Report of the Municipal Commissioner on the plague in Bombay for the year ending 31st May... - Volume 3
Disease focus: Plague
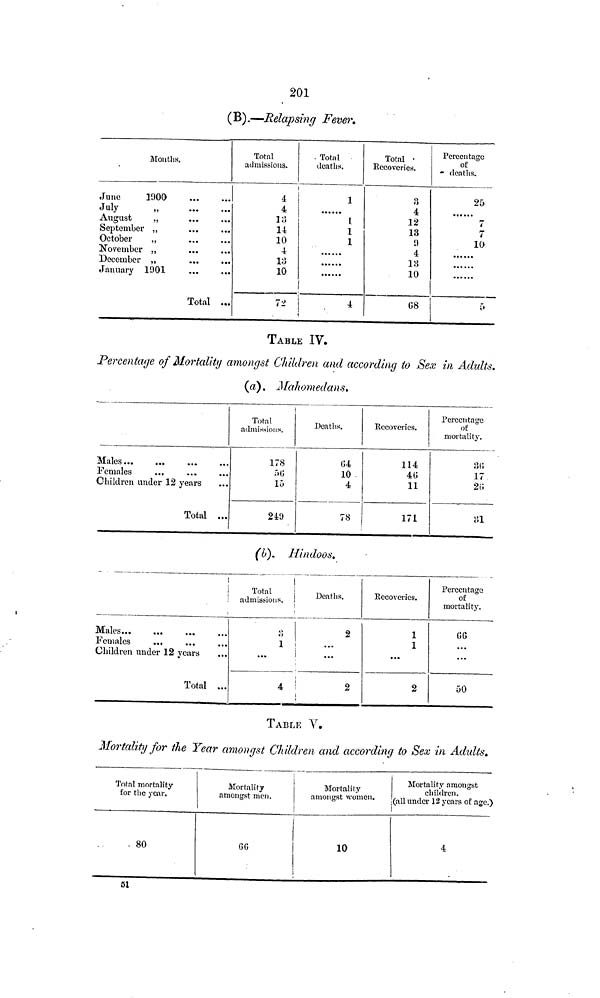
201
(B).—Relapsing Fever.
Mouths.
June
1900
July
„
August
,,
September ,,
October
.,
November „
December „
January
1901
Total ...
Total
admissions.
4
4
18
14
10
4
13
10
7 a
. Total
deaths.
1
1
1
Total
Recoveries.
3
4
12
13
9
4
18
10
Percentage
of
Deaths.
25
7
7
10
TABLE IV.
Percentage of Mortality amongst Children ami according to Sex in Adults.
(«). Malwmedans.
Males
Females
Children under 12 years
Total ...
Total
admissions.
178
15
249
Deaths.
10
4
78
Recoveries.
114
40
11
171
Pcrceiitairc
of
mortality.
17
20
81
(b). Hindoos.
(
Males
Females
...
Children under 12 years
Total ...
Total
admissions.
o
1
...
4
Deaths.
2
...
2
Recoveries.
1
1
...
2
Percentage
of
mortality.
G G
...
...
50
TABLE v.
Mortality for the Year amongst Children and according to Sex in Adults.
Total mortality
for the year.
80
Mortality
amongst men.
Mortality
amongst women.
10
Mortality amongst
children,
(all under 12 years of age.)
4
51